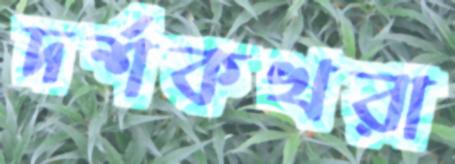
দর্শকখরা